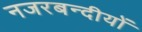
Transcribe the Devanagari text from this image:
नजरबन्दीयों